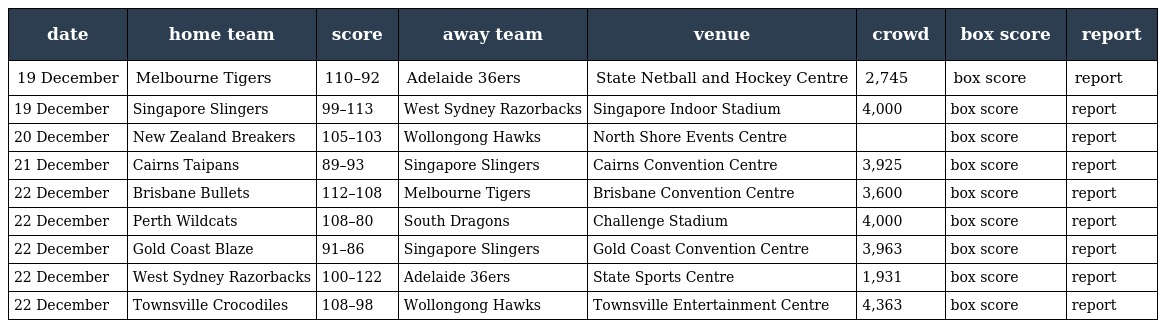
| date | home team | score | away team | venue | crowd | box score | report |
 | --- | --- | --- | --- | --- | --- | --- | --- |
 | 19 December | Melbourne Tigers | 110–92 | Adelaide 36ers | State Netball and Hockey Centre | 2,745 | box score | report |
 | 19 December | Singapore Slingers | 99–113 | West Sydney Razorbacks | Singapore Indoor Stadium | 4,000 | box score | report |
 | 20 December | New Zealand Breakers | 105–103 | Wollongong Hawks | North Shore Events Centre |  | box score | report |
 | 21 December | Cairns Taipans | 89–93 | Singapore Slingers | Cairns Convention Centre | 3,925 | box score | report |
 | 22 December | Brisbane Bullets | 112–108 | Melbourne Tigers | Brisbane Convention Centre | 3,600 | box score | report |
 | 22 December | Perth Wildcats | 108–80 | South Dragons | Challenge Stadium | 4,000 | box score | report |
 | 22 December | Gold Coast Blaze | 91–86 | Singapore Slingers | Gold Coast Convention Centre | 3,963 | box score | report |
 | 22 December | West Sydney Razorbacks | 100–122 | Adelaide 36ers | State Sports Centre | 1,931 | box score | report |
 | 22 December | Townsville Crocodiles | 108–98 | Wollongong Hawks | Townsville Entertainment Centre | 4,363 | box score | report |